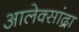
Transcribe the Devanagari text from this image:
आलेक्सांद्रा